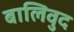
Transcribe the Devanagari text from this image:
बालिवुद